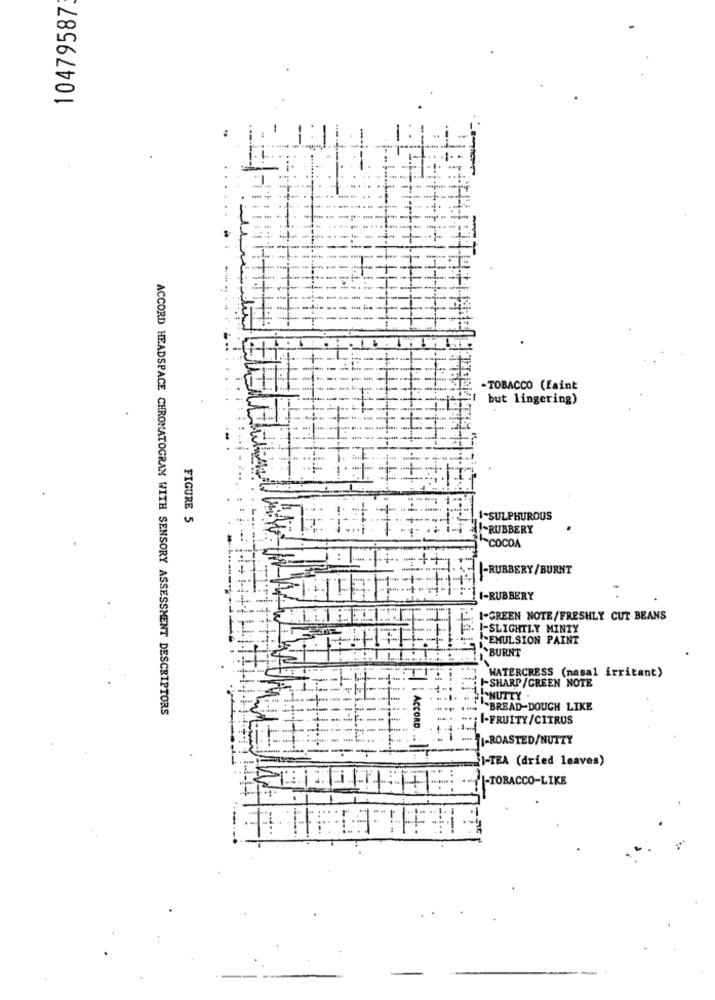
10479587
-TOBACCO (faint
but lingering)
FIGURE 5
I-SULPHUROUS
-RUBBERY
COCOA
|-RUBBERY/ BURNT
1-RUBBERY
1-GREEN NOTE/FRESHLY CUT BEANS
I-SLIGHTLY MINTY
EMULSION PAINT
`BURNT
I-SHARP /GREEN NOTE
WATERCRESS (nasal irritant)
NUTTY .
ACCORD HEADSPACE CHROMATOGRAN WITH SENSORY ASSESSMENT DESCRIPTORS
BREAD DOUGH LIKE
** ; 1-FRUITY/CITRUS
I-ROASTED/NUTTY
I-TEA (dried leaves)
|-TOBACCO-LIKE